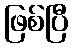
ဖြစ်ပြီ